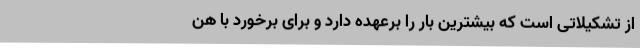
از تشکیلاتی است که بیشترین بار را برعهده دارد و برای برخورد با هن